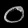
Digit: ၀